Leaving Certificate Examination (including Day School Certificate (Higher) General paper), 1933
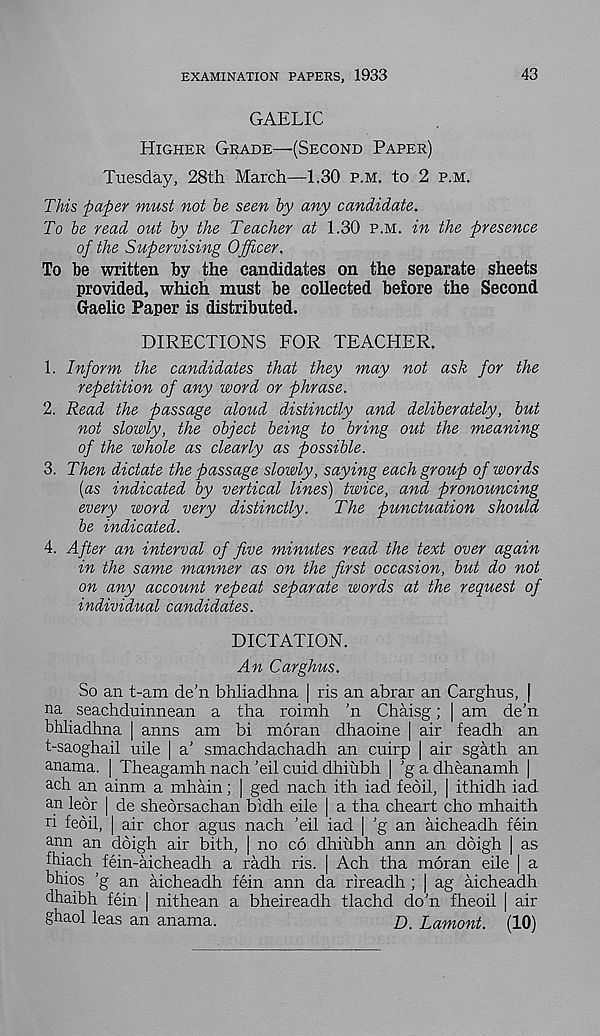
EXAMINATION PAPERS, 1933
43
GAELIC
Higher Grade—(Second Paper)
Tuesday, 28th March—1.30 p.m. to 2 p.m.
This paper must not be seen by any candidate.
To be read out by the Teacher at 1.30 p.m. in the presence
of the Supervising Officer.
To be written by the candidates on the separate sheets
provided, which must be collected before the Second
Gaelic Paper is distributed.
DIRECTIONS FOR TEACHER.
1. Inform the candidates that they may not ask for the
repetition of any word or phrase.
2. Read the passage aloud distinctly and deliberately, but
not slowly, the object being to bring out the meaning
of the whole as clearly as possible.
3. Then dictate the passage slowly, saying each group of words
(as indicated by vertical lines) twice, and pronouncing
every word very distinctly.
The punctuation should
be indicated.
4. After an interval of five minutes read the text over again
in the same manner as on the first occasion, but do not
on any account repeat separate words at the request of
individual candidates.
DICTATION.
An Carghus.
So an t-am de’n bhliadhna | ris an abrar an Carghus, [
na seachduinnean a tha roimh 'n Chaisg; | am de’n
bhliadhna | anns am bi moran dhaoine | air feadh an
t-saoghail uile | a’ smachdachadh an cuirp | air sgath an
anama. | Theagamh nach ’eil cuid dhiubh | ’g a dheanamh |
ach an ainm a mhain; | ged nach ith iad feoil, | ithidh iad
an leor | de sheorsachan bidh eile | a tha cheart cho mhaith
ri feoil, | air chor agus nach ’eil iad | ’g an aicheadh fein
ann an doigh air bith, | no co dhiubh ann an dbigh | as
fhiach fein-aicheadh a radh ris. | Ach tha moran eile | a
bhios ’g an aicheadh fein ann da rireadh ; | ag aicheadh
dhaibh fein | nithean a bheireadh tlachd do’n fheoil | air
ghaol leas an anama.
£), Lamont. (10)